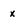
Character: x